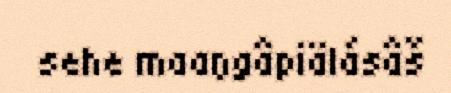
sehe maaŋgâpiälásâš